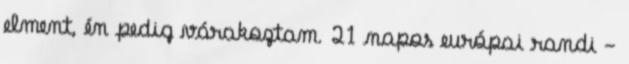
elment, én pedig várakoztam. 21 napos európai randi -